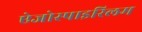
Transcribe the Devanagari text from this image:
ऐजोस्पाइरिलम